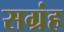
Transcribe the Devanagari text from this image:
सग्रंह